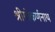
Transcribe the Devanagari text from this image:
श्रीगोकर्णनाथ